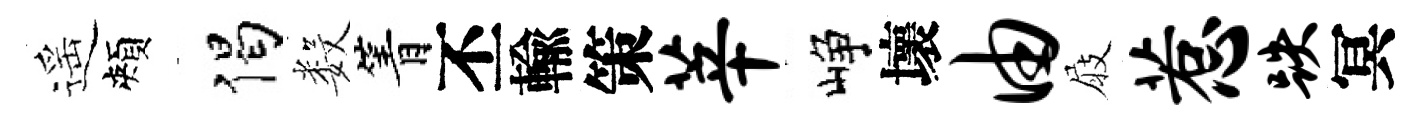
遥頰偈数箐丕輸策莘峥壞由屐惹跌冥